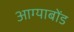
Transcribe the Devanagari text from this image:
आग्याबोंड